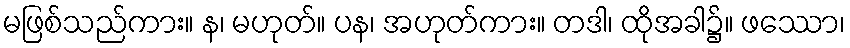
မဖြစ်သည်ကား။ န၊ မဟုတ်။ ပန၊ အဟုတ်ကား။ တဒါ၊ ထိုအခါ၌။ ဖဿော၊